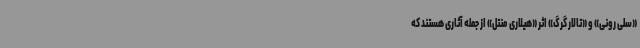
«سلی رونی» و «تالار گرگ» اثر «هیلاری منتل» از جمله آثاری هستند که